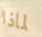
لماذا